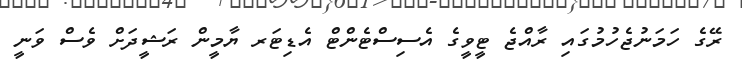
ރޭގެ ހަމަނުޖެހުމުގައި ރާއްޖެ ޓީވީގެ އެސިސްޓެންޓް އެޑިޓަރ ޔާމީން ރަޝީދަށް ވެސް ވަނީ